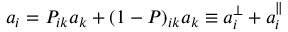
a _ { i } = P _ { i k } a _ { k } + ( 1 - P ) _ { i k } a _ { k } \equiv a _ { i } ^ { \perp } + a _ { i } ^ { \parallel }